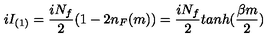
i I _ { ( 1 ) } = \frac { i N _ { f } } { 2 } ( 1 - 2 n _ { F } ( m ) ) = \frac { i N _ { f } } { 2 } t a n h ( \frac { \beta m } { 2 } )